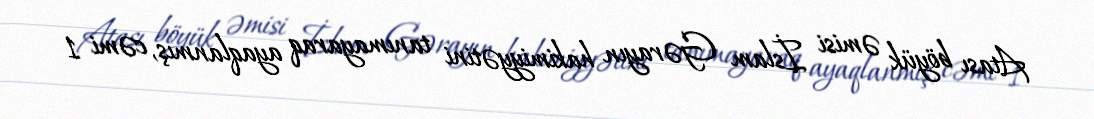
Atası böyük əmisi İslam Gərayın hakimiyyətini tanımayaraq ayaqlanmış, cəmi 1